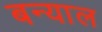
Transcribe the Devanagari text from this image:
बन्‍याल